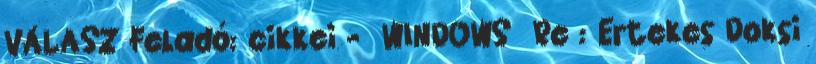
VÁLASZ Feladó: cikkei - WINDOWS Re : Ertekes Doksi